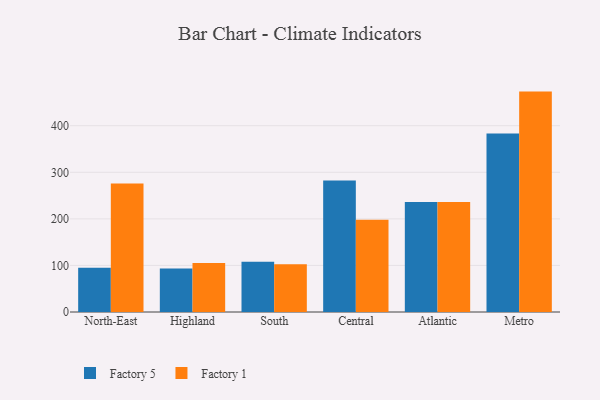
{"axis": {"x": "Region", "y": "Temperature (°C)"}, "legend": ["Factory 1", "Factory 5"], "data": [{"x": "North-East", "y": 94.9, "type": "Factory 5"}, {"x": "North-East", "y": 276.1, "type": "Factory 1"}, {"x": "Highland", "y": 93.6, "type": "Factory 5"}, {"x": "Highland", "y": 105.3, "type": "Factory 1"}, {"x": "South", "y": 108.1, "type": "Factory 5"}, {"x": "South", "y": 102.3, "type": "Factory 1"}, {"x": "Central", "y": 282.3, "type": "Factory 5"}, {"x": "Central", "y": 197.9, "type": "Factory 1"}, {"x": "Atlantic", "y": 236.0, "type": "Factory 5"}, {"x": "Atlantic", "y": 236.0, "type": "Factory 1"}, {"x": "Metro", "y": 383.5, "type": "Factory 5"}, {"x": "Metro", "y": 473.3, "type": "Factory 1"}]}